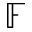
\mathbb { F }